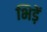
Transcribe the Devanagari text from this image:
भिड़ें